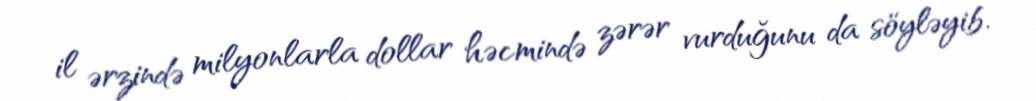
il ərzində milyonlarla dollar həcmində zərər vurduğunu da söyləyib.